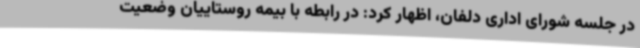
در جلسه شورای اداری دلفان، اظهار کرد: در رابطه با بیمه روستاییان وضعیت